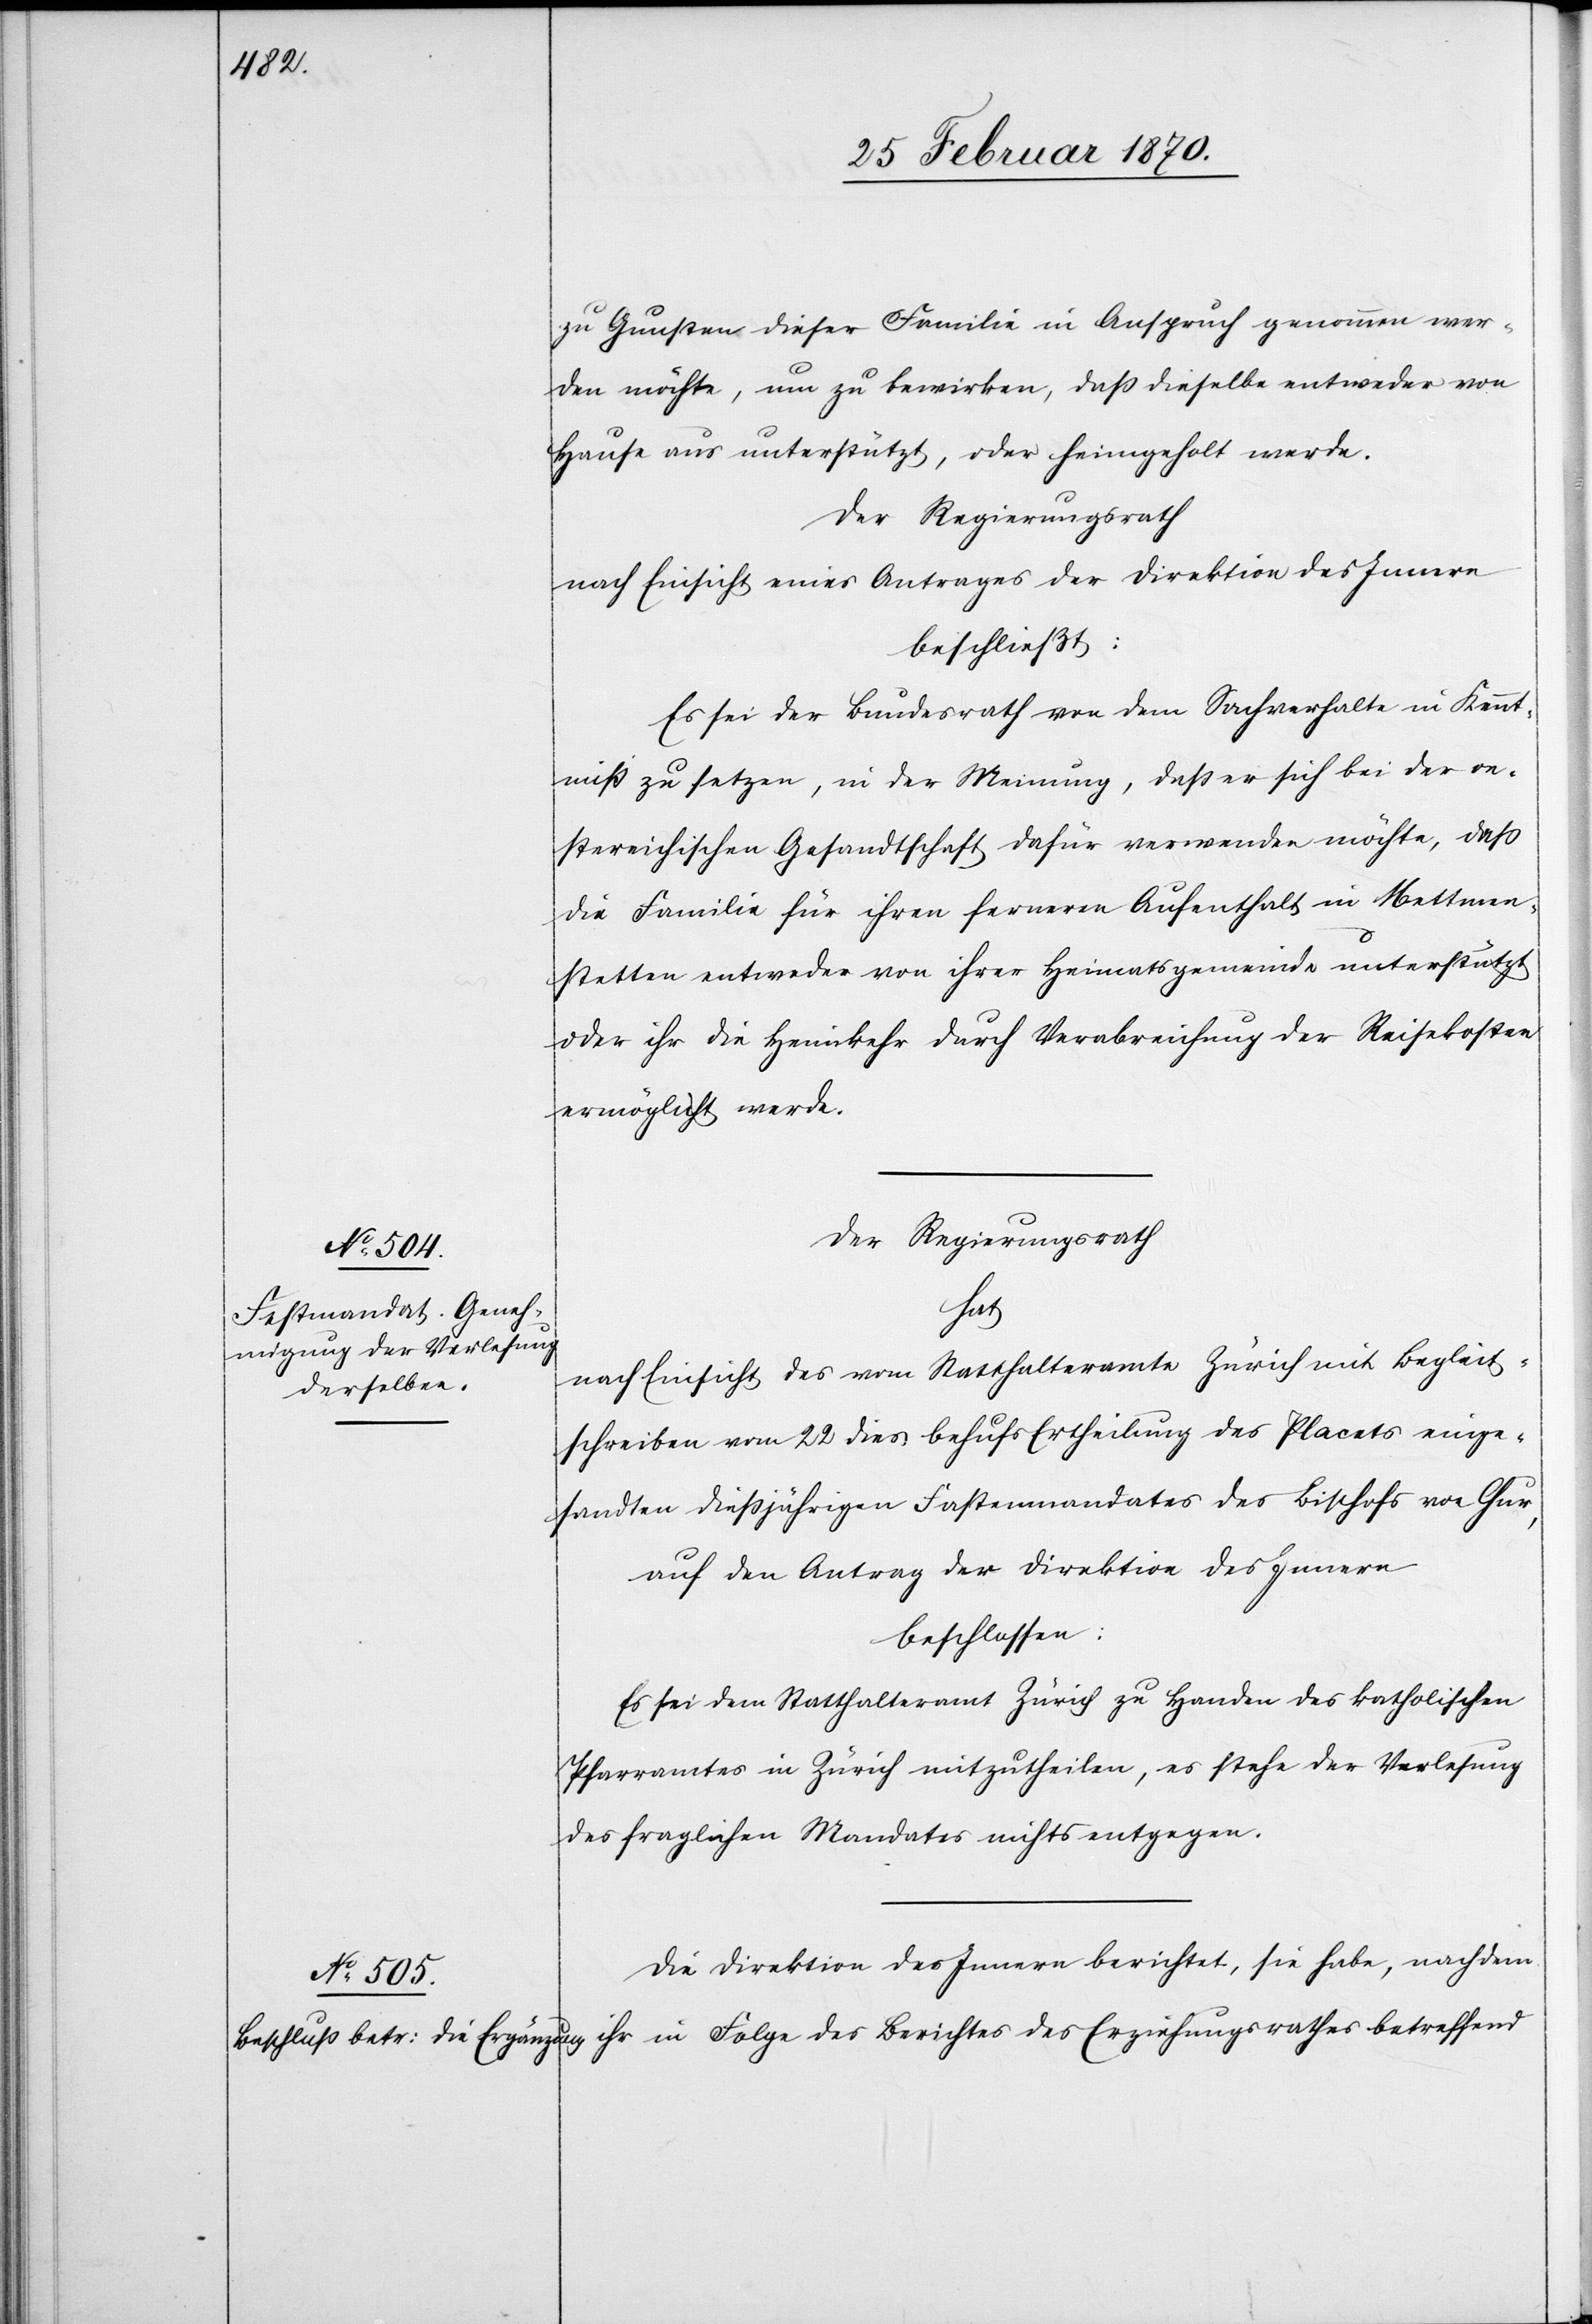
zu Gunsten dieser Familie in Anspruch genommen wer¬
den möchte, um zu bewirken, daß dieselbe entweder von
Hause aus unterstützt, oder heimgeholt werde.
Der Regierungsrath
nach Einsicht eines Antrages der Direktion des Innern
beschließt:
Es sei der Bundesrath von dem Sachverhalte in Kennt¬
niß zu setzen, in der Meinung, daß er sich bei der oe¬
stereichischen Gesandtschaft dafür verwenden möchte, daß
die Familie für ihren ferneren Aufenthalt in Mettmen¬
stetten entweder von ihrer Heimatsgemeinde unterstützt
oder ihr die Heimkehr durch Verabreichung der Reisekosten
ermöglicht werde.
Der Regierungsrath
hat
nach Einsicht des vom Statthalteramte Zürich mit Begleit¬
schreiben vom 22 dies behufs Ertheilung des Placets einge¬
sandten dießjährigen Fastenmandates des Bischofs von Chur,
auf den Antrag der Direktion des Innern
beschlossen:
Es sei dem Statthalteramt Zürich zu Handen des katholischen
Pfarramtes in Zürich mitzutheilen, es stehe der Verlesung
des fraglichen Mandates nichts entgegen.
Die Direktion des Innern berichtet, sie habe, nachdem
ihr in Folge des Berichtes des Erziehungsrathes betreffend